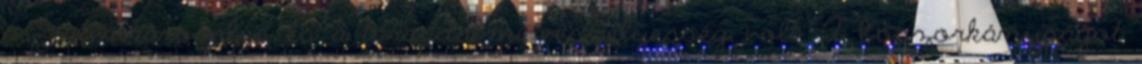
az istenkáromlás és a társadalmi veszélyesség volt. A boszorkányságot